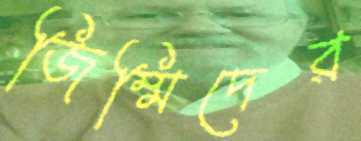
জিম্মিদের